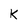
Character: K